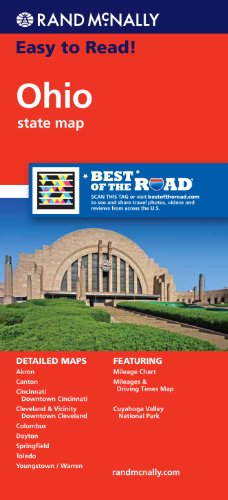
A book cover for Rand McNally Easy To Read: Ohio State Map; Rand McNally; Travel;